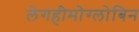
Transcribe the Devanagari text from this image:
लेगहीमोग्लोबिन